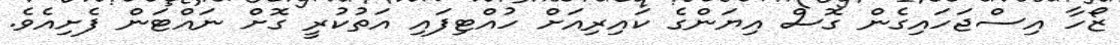
ޒޯހާ އިސްޖަހައިގެން ގޮސް އިޔަންގެ ކައިރިއަށް ހުއްޓިފައި އަތުކުރީ ގޮށް ނައްޓަން ފެށިއެވެ.